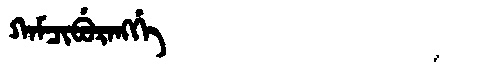
Manchu: ᡴᠠᠮᠴᡳᠪᡠᡵᠠᠩᡤᡝ
Romanization: KAMCIBURANGGE